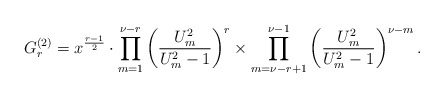
\begin{align*}G_r^{(2)}=x^{\frac{r-1}{2}}\cdot\prod_{m=1}^{\nu-r} \left(\frac{U^2_m}{U_m^2-1} \right)^r\times\prod_{m=\nu-r+1}^{\nu-1}\left(\frac{U^2_m}{U_m^2-1}\right)^{\nu-m}.\end{align*}